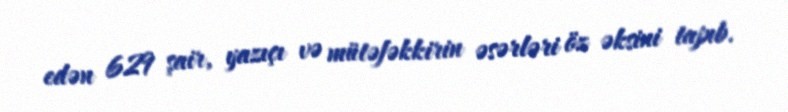
edən 629 şair, yazıçı və mütəfəkkirin əsərləri öz əksini tapıb.